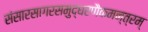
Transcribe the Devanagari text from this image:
संसारसागरसमुद्धरणैकमन्त्रम्